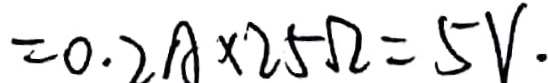
= 0 . 2 A \times 2 5 \Omega = 5 V .